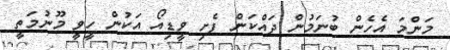
މަންމަ އެހެން ބުނަމުން ދައްކަން ފެށި ވީޑިއޯ އަކުން ހީވީ މޫނުމަތީ